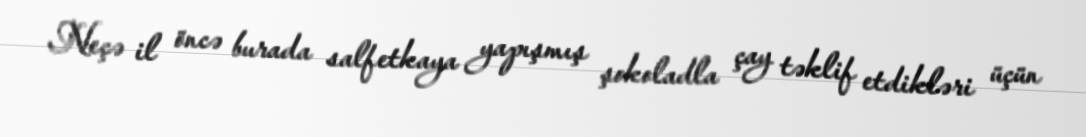
Neçə il öncə burada salfetkaya yapışmış şokoladla çay təklif etdikləri üçün